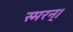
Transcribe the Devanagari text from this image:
स्मरन्‌।